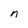
Character: n